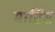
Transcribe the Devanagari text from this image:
मार्टिस